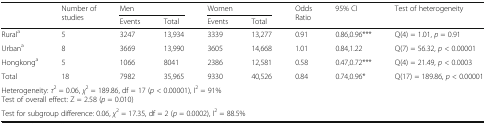
| <ROWSPAN=2>  | <ROWSPAN=2> Number of studies | <COLSPAN=2> Men | <COLSPAN=2> Women | <ROWSPAN=2> Odds Ratio | <ROWSPAN=2> 95% CI | <ROWSPAN=2> Test of heterogeneity |
 | Events | Total | Events | Total |
 | --- | --- | --- | --- | --- | --- | --- | --- | --- |
 | Rurala | 5 | 3247 | 13,934 | 3339 | 13,277 | 0.91 | 0.86,0.96*** | Q(4) = 1.01, p = 0.91 |
 | Urbana | 8 | 3669 | 13,990 | 3605 | 14,668 | 1.01 | 0.84,1.22 | Q(7) = 56.32, p < 0.00001 |
 | Hongkonga | 5 | 1066 | 8041 | 2386 | 12,581 | 0.58 | 0.47,0.72*** | Q(4) = 21.49, p < 0.0003 |
 | Total | 18 | 7982 | 35,965 | 9330 | 40,526 | 0.84 | 0.74,0.96* | Q(17) = 189.86, p < 0.00001 |
 | <COLSPAN=9> Heterogeneity: τ2 = 0.06, χ2 = 189.86, df = 17 (p < 0.00001), I2 = 91%Test of overall effect: Z = 2.58 (p = 0.010) |
 | <COLSPAN=9> Test for subgroup difference: 0.06, χ2 = 17.35, df = 2 (p = 0.0002), I2 = 88.5% |